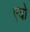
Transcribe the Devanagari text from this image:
एयो